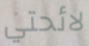
لائحتي